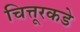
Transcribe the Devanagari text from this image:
चित्तूरकडे